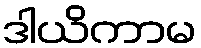
ဒါယိကာမ